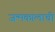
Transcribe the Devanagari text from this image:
जन्मकालाची